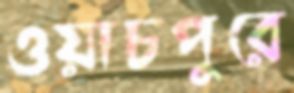
ওয়াচপুরে